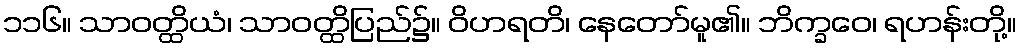
၁၁၆။ သာဝတ္ထိယံ၊ သာဝတ္ထိပြည်၌။ ဝိဟရတိ၊ နေတော်မူ၏။ ဘိက္ခဝေ၊ ရဟန်းတို့။